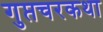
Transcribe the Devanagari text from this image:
गुप्तचरकथा